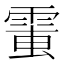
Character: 𩃘